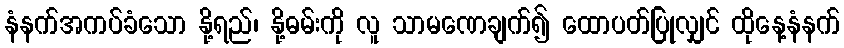
နံနက်အကပ်ခံသော နို့ရည်၊ နို့ဓမ်းကို လူ သာမဏေချက်၍ ထောပတ်ပြုလျှင် ထိုနေ့နံနက်